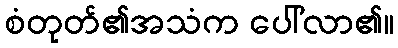
စံတုတ်၏အသံက ပေါ်လာ၏။